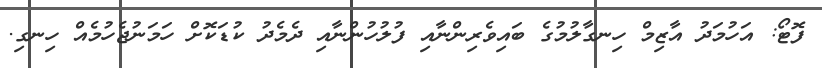
ފޮޓޯ: އަހުމަދު އާޒިމް ހިނގާލުމުގެ ބައިވެރިންނާއި ފުލުހުންނާއި ދެމެދު ކުޑަކޮށް ހަމަނުޖެހުމެއް ހިނގި.